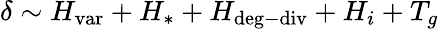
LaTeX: \delta\sim H_{\mathrm{{var}}}+H_{\ast}+H_{\mathrm{{deg-div}}}+H_{i}+T_{g}